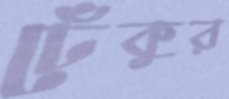
ঢেঁকুর